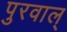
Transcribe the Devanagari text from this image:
पुरवाल्